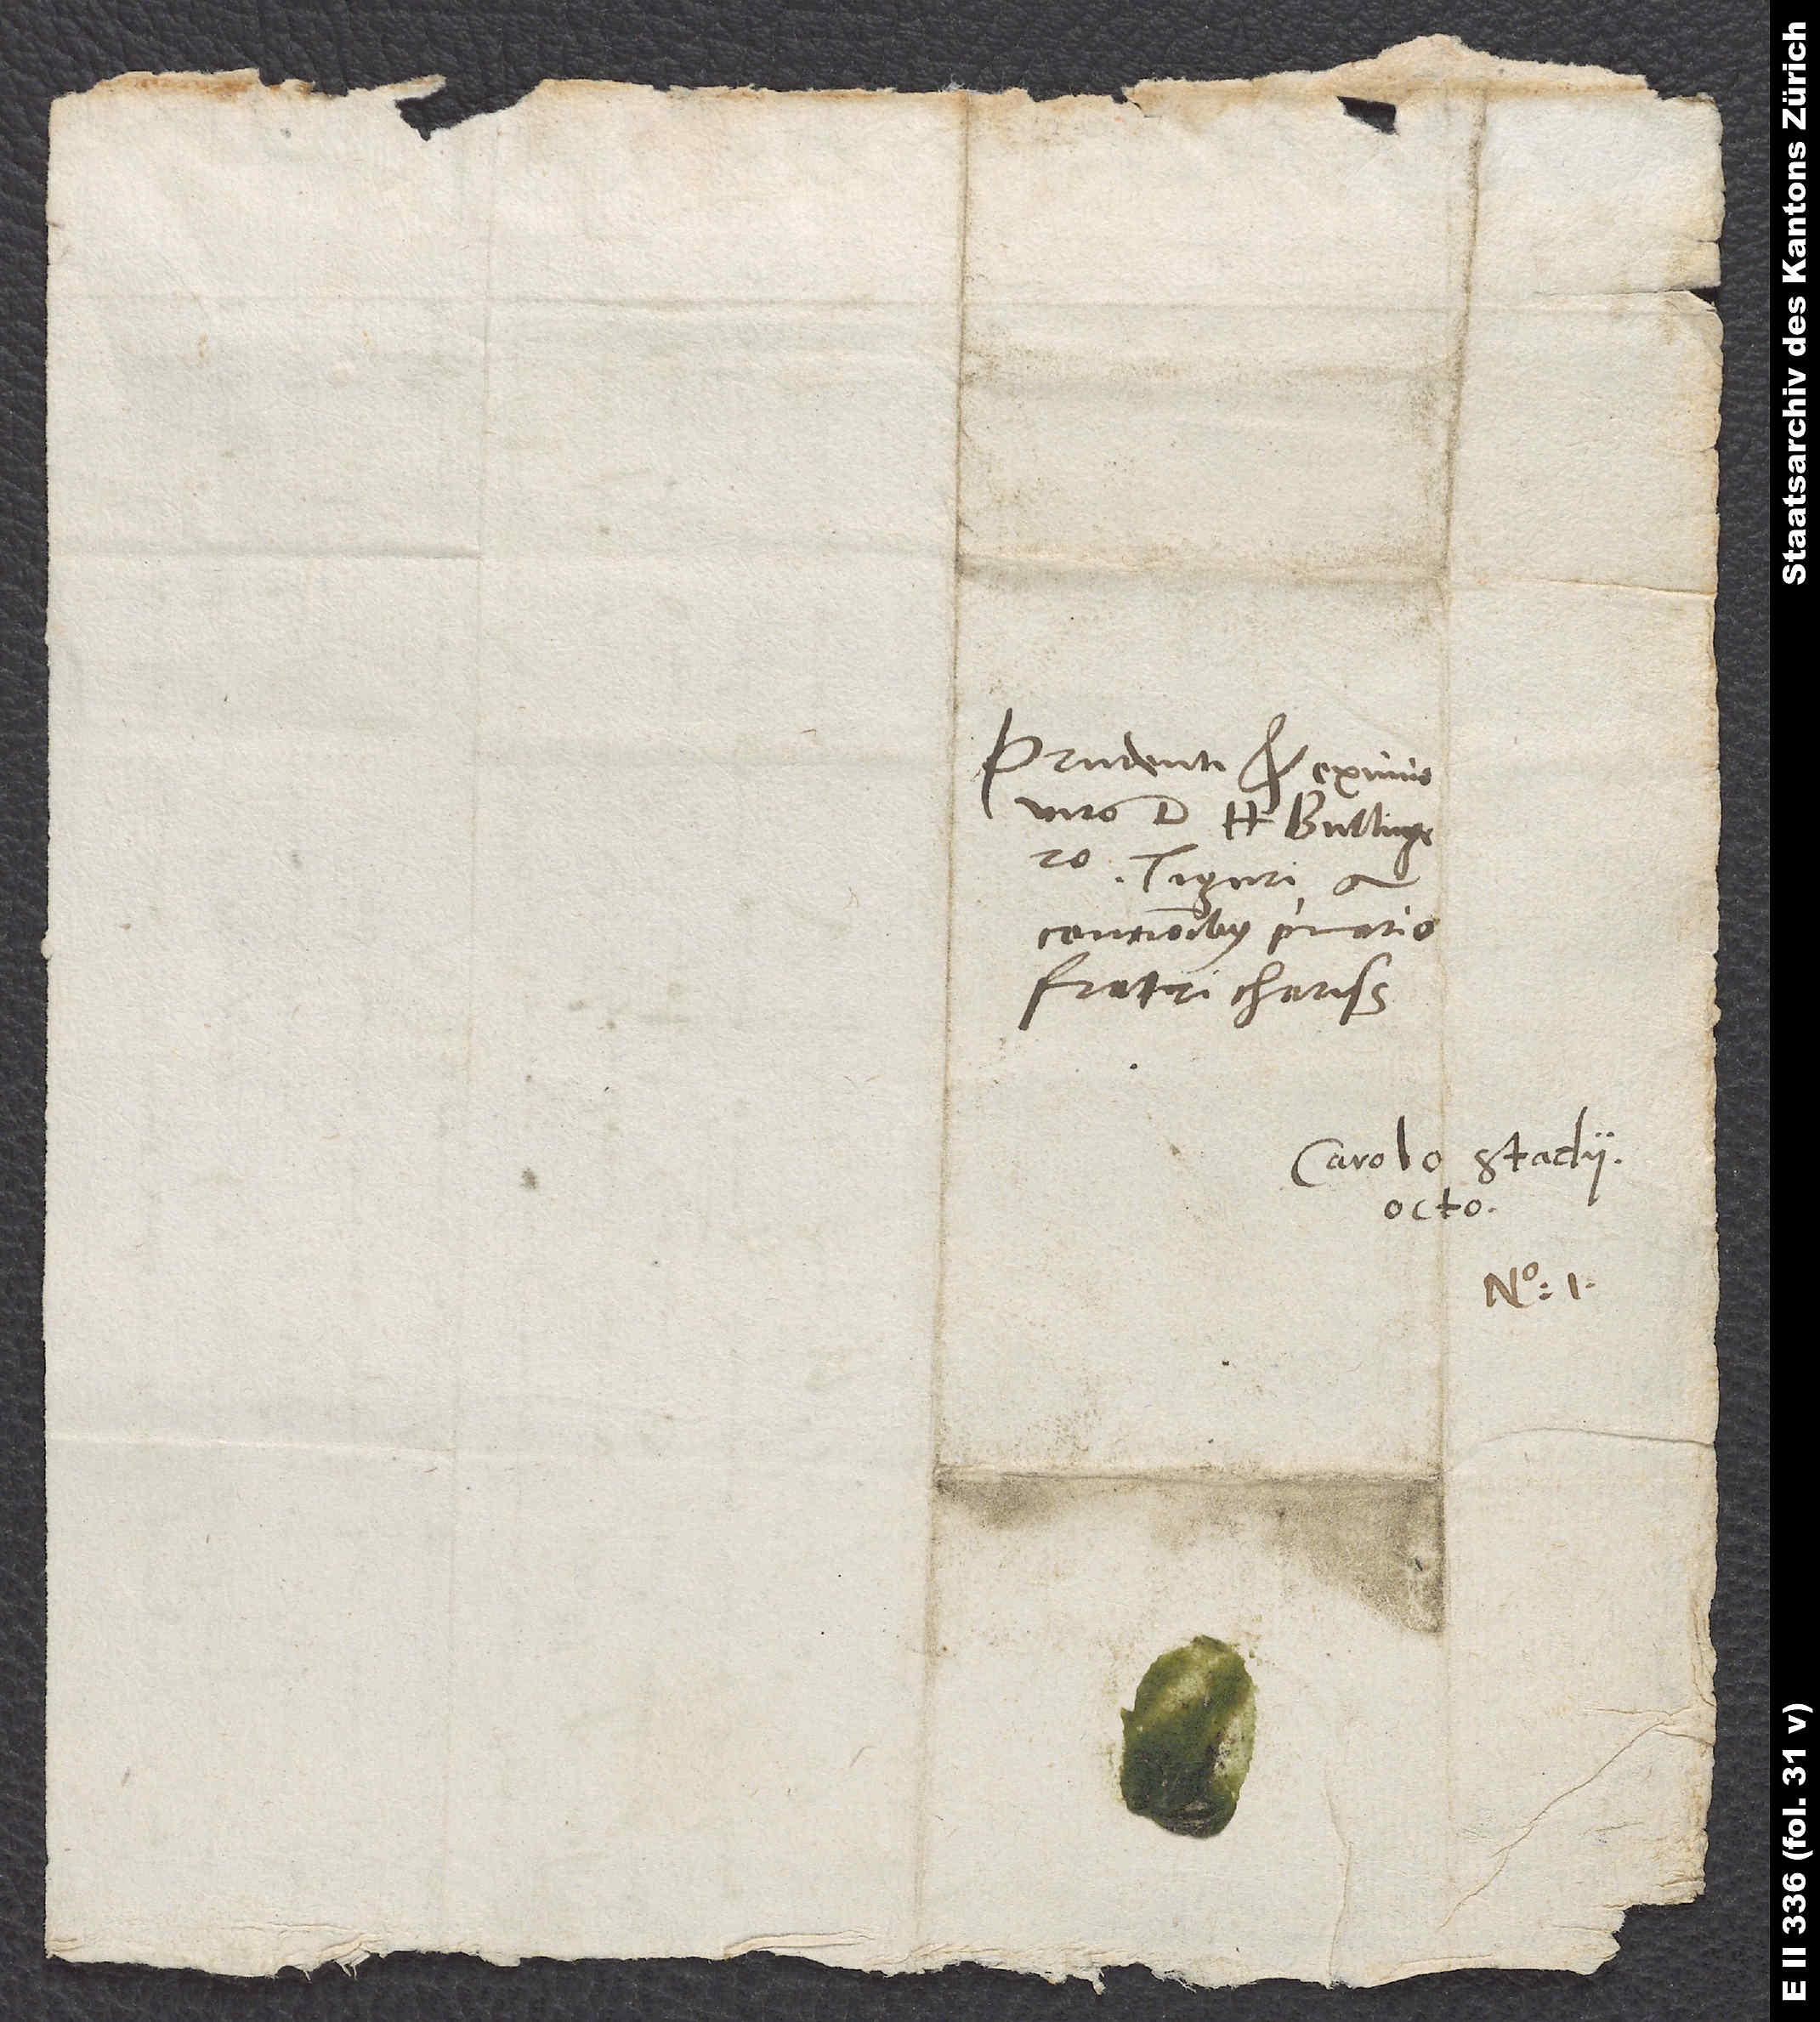
Prudenti et eximio
viro d. H. Bullingero,
Tiguri a
fratri charissimo.